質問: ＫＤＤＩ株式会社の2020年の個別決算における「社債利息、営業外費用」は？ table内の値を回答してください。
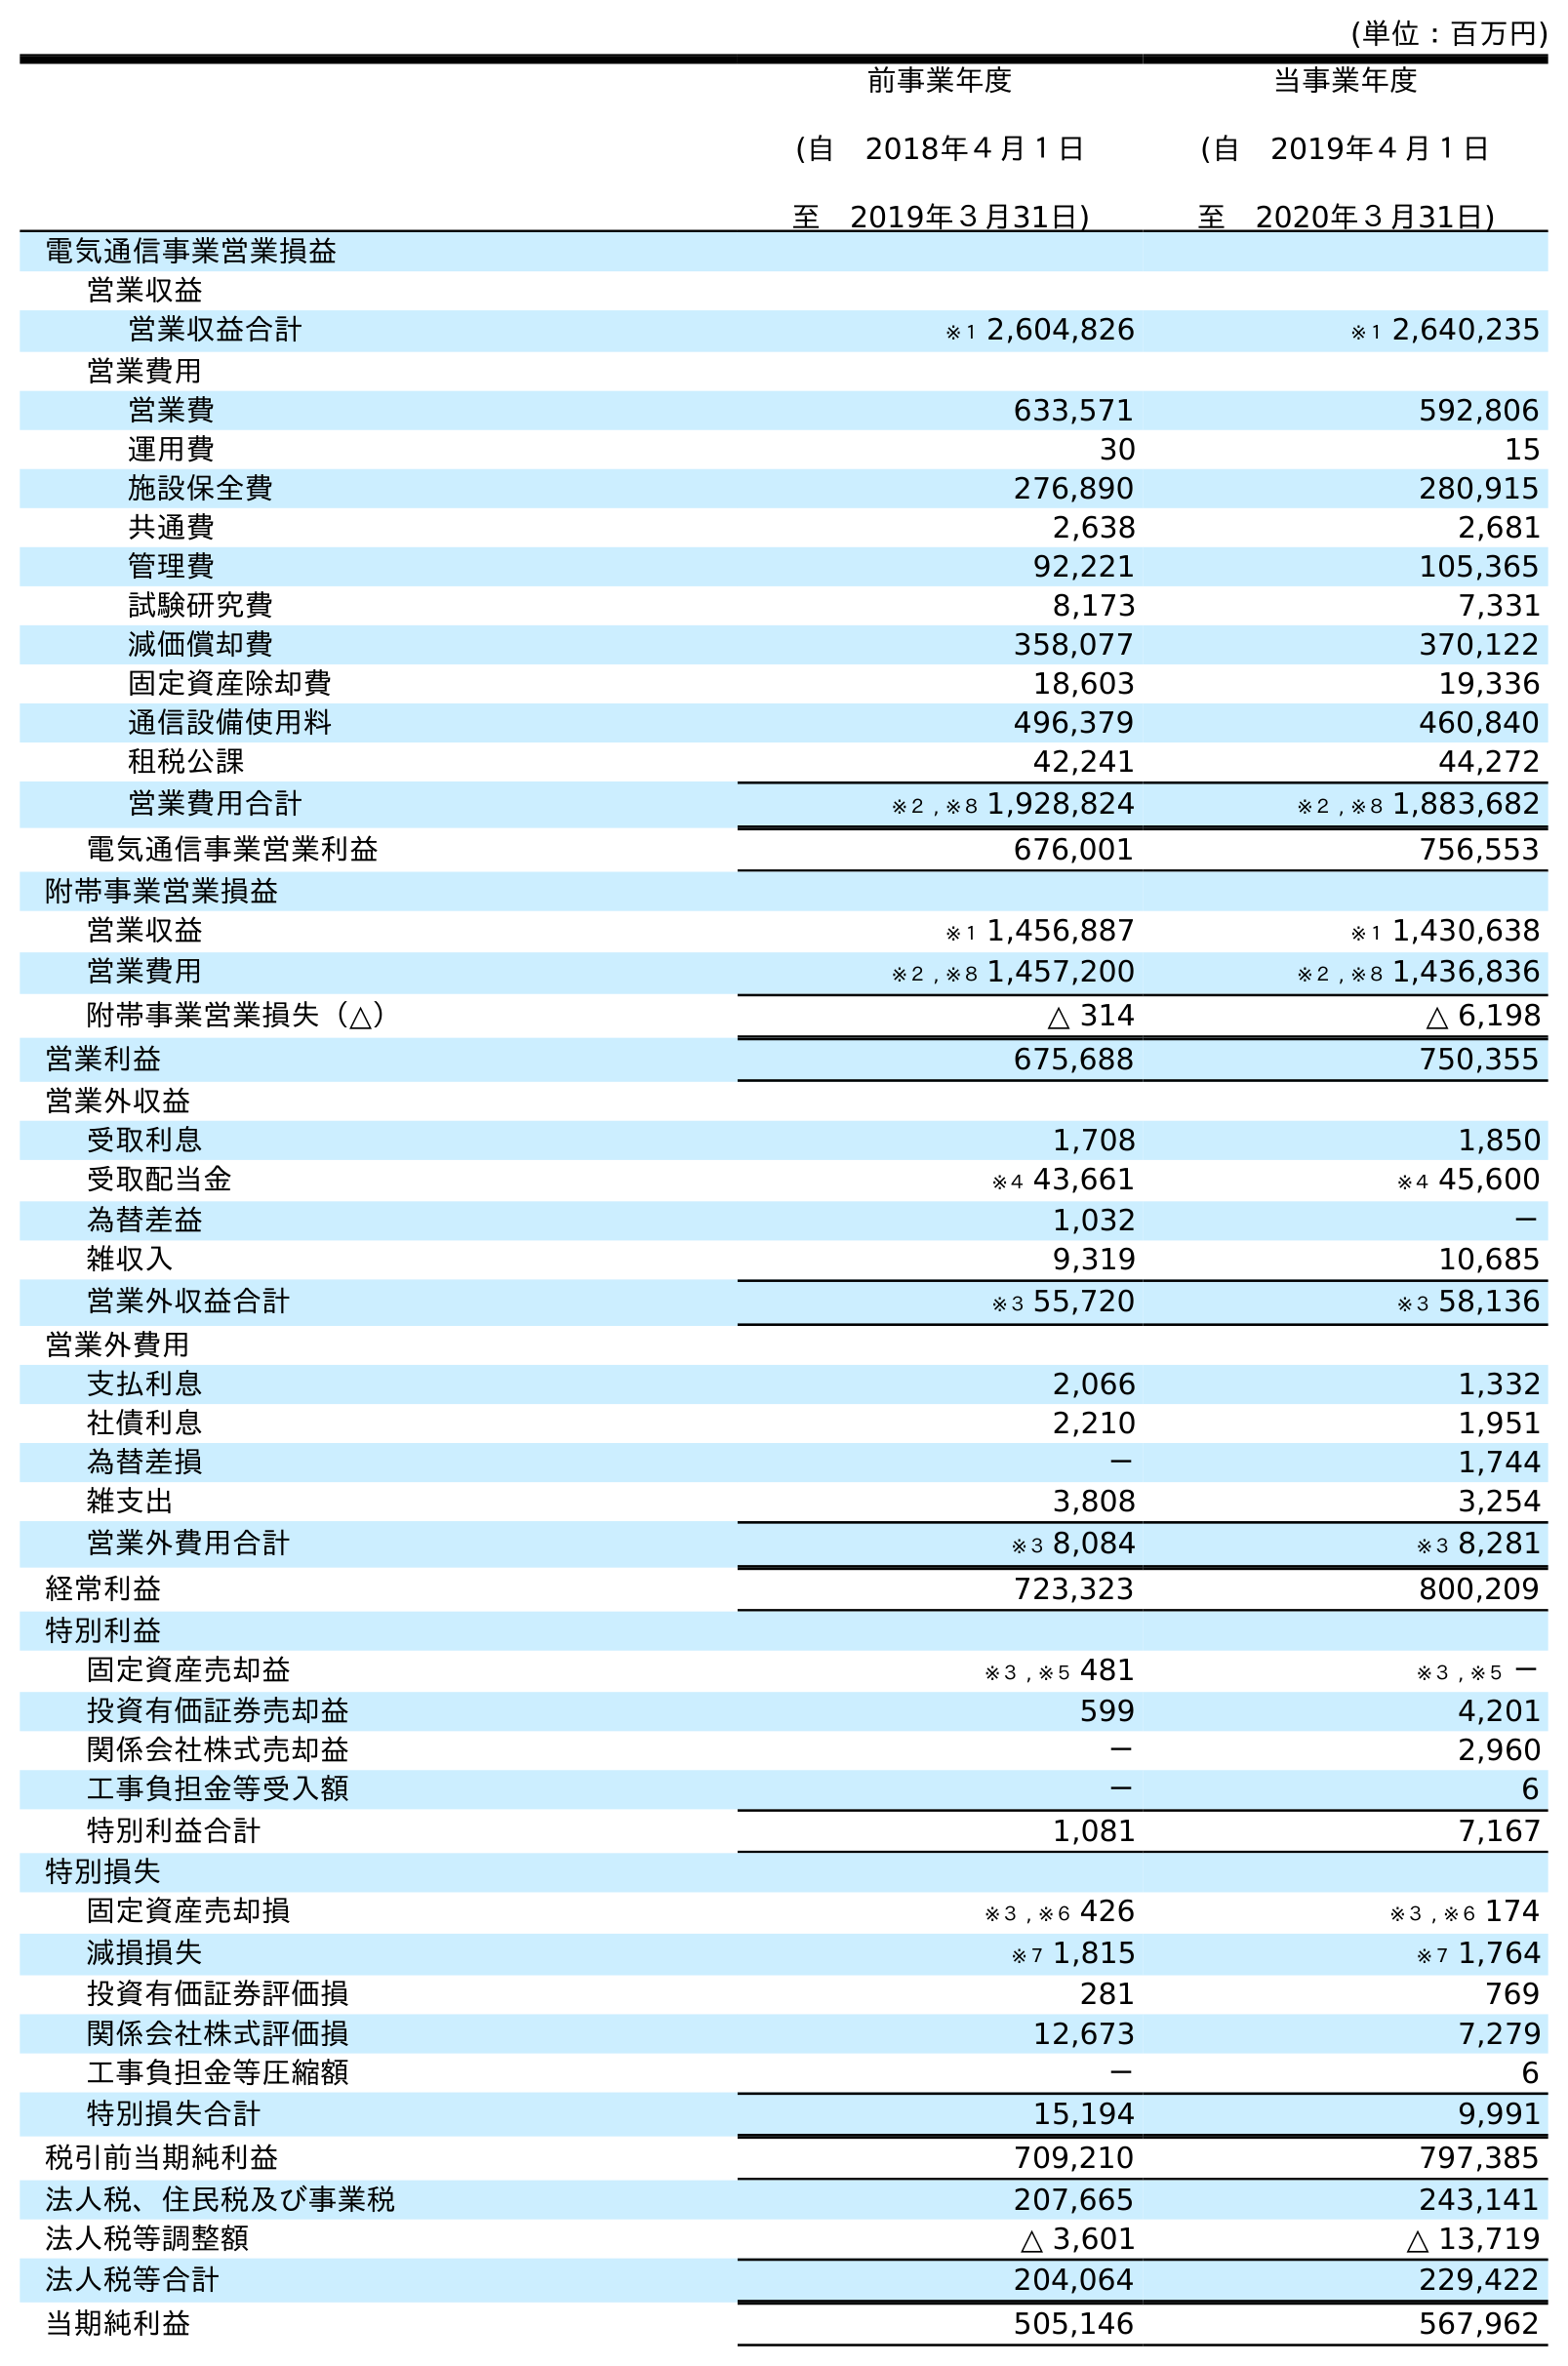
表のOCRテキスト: (単位：百万円) 前事業年度 (自 2018年４月１日 至 2019年３月31日) 当事業年度 (自 2019年４月１日 至 2020年３月31日) 電気通信事業営業損益 営業収益 営業収益合計 ※１ 2,604,826 ※１ 2,640,235 営業費用 営業費 633,571 592,806 運用費 30 15 施設保全費 276,890 280,915 共通費 2,638 2,681 管理費 92,221 105,365 試験研究費 8,173 7,331 減価償却費 358,077 370,122 固定資産除却費 18,603 19,336 通信設備使用料 496,379 460,840 租税公課 42,241 44,272 営業費用合計 ※２ , ※８ 1,928,824 ※２ , ※８ 1,883,682 電気通信事業営業利益 676,001 756,553 附帯事業営業損益 営業収益 ※１ 1,456,887 ※１ 1,430,638 営業費用 ※２ , ※８ 1,457,200 ※２ , ※８ 1,436,836 附帯事業営業損失（△） △ 314 △ 6,198 営業利益 675,688 750,355 営業外収益 受取利息 1,708 1,850 受取配当金 ※４ 43,661 ※４ 45,600 為替差益 1,032 － 雑収入 9,319 10,685 営業外収益合計 ※３ 55,720 ※３ 58,136 営業外費用 支払利息 2,066 1,332 社債利息 2,210 1,951 為替差損 － 1,744 雑支出 3,808 3,254 営業外費用合計 ※３ 8,084 ※３ 8,281 経常利益 723,323 800,209 特別利益 固定資産売却益 ※３ , ※５ 481 ※３ , ※５ － 投資有価証券売却益 599 4,201 関係会社株式売却益 － 2,960 工事負担金等受入額 － 6 特別利益合計 1,081 7,167 特別損失 固定資産売却損 ※３ , ※６ 426 ※３ , ※６ 174 減損損失 ※７ 1,815 ※７ 1,764 投資有価証券評価損 281 769 関係会社株式評価損 12,673 7,279 工事負担金等圧縮額 － 6 特別損失合計 15,194 9,991 税引前当期純利益 709,210 797,385 法人税、住民税及び事業税 207,665 243,141 法人税等調整額 △ 3,601 △ 13,719 法人税等合計 204,064 229,422 当期純利益 505,146 567,962
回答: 1,951